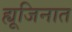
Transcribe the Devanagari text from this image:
ह्यूजिनात